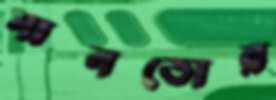
সানতোর